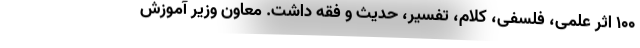
۱۰۰ اثر علمی، فلسفی، کلام، تفسیر، حدیث و فقه داشت. معاون وزیر آموزش